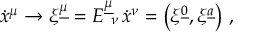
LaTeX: { \dot { x } } ^ { \mu } \to \xi ^ { \underline { { { \mu } } } } = E _ { \ \nu } ^ { \underline { { { \mu } } } } \, { \dot { x } } ^ { \nu } = \left( \xi ^ { \underline { { { 0 } } } } , \xi ^ { \underline { { { a } } } } \right) \, ,